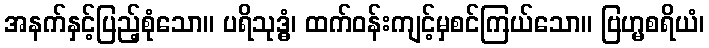
အနက်နှင့်ပြည့်စုံသော။ ပရိသုဒ္ဓံ၊ ထက်ဝန်းကျင့်မှစင်ကြယ်သော။ ဗြဟ္မစရိယံ၊